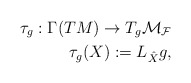
\begin{align*}\tau_g:\Gamma(TM)\rightarrow T_g\cal{M}_F\\\tau_g(X):=L_{\hat X}g,\end{align*}